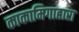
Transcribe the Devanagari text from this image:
काकामिगाहारा